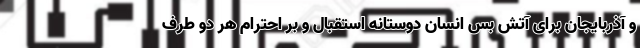
و آذربایجان برای آتش بس انسان دوستانه استقبال و بر احترام هر دو طرف